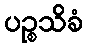
ပဉ္စသိခံ